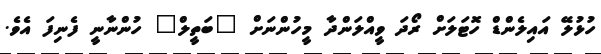
ހުޅުލޭ އައިލެންޑް ހޮޓަލަށް ރޯދަ ވީއްލަންދާ މީހުންނަށް "ބަތީލް" ހުންނާނީ ފެނިފަ އެވެ.